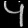
Digit: ၄